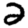
Digit: 2